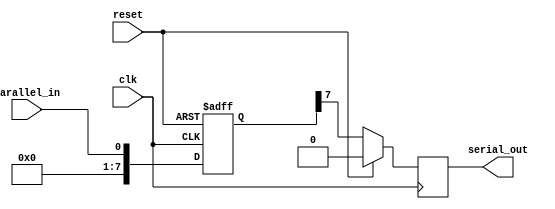
module piso_register (
    input wire clk,       // Clock input
    input wire reset,     // Reset signal
    input wire parallel_in, // Parallel input data
    output wire serial_out  // Serial output data
);

reg [7:0] data;           // 8-bit data register
reg [7:0] shift_data;     // Shifted data register

// Sequential logic block
always @(posedge clk or posedge reset) begin
    if (reset) begin
        data <= 8'b00000000;    // Reset the data register
    end else begin
        data <= parallel_in;    // Load parallel input data
    end
end

// Parallel-in Serial-out logic
always @(posedge clk) begin
    if (reset) begin
        shift_data <= 8'b00000000;    // Reset the shifted data register
    end else begin
        shift_data <= {shift_data[6:0], data[7]};   // Shift data down the chain
    end
end

assign serial_out = shift_data[0];   // Output serial data from the last flip-flop

endmodule